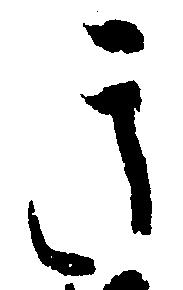
き